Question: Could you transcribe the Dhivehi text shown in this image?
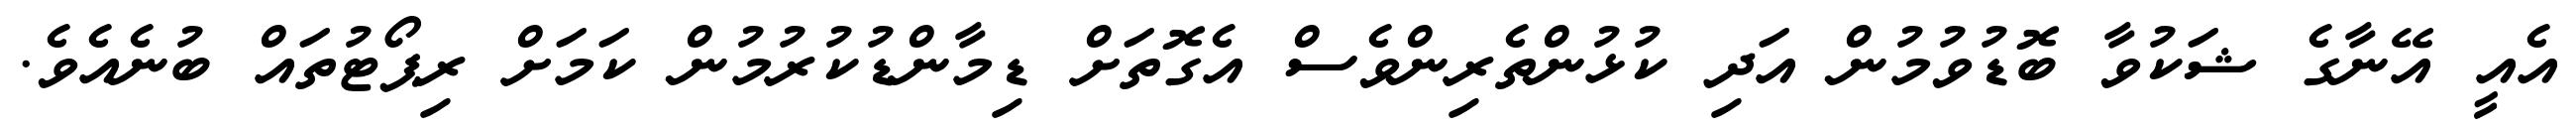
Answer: އެއީ އޭނާގެ ޝަކުވާ ބޮޑުވުމުން އަދި ކުޅުންތެރިންވެސް އެގޮތަށް ޑިމާންޑުކުރުމުން ކަމަށް ރިޕޯޓުތައް ބުނެއެވެ.